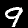
Digit: 9